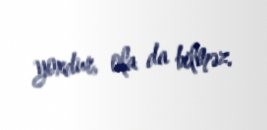
yoxdur, ola da bilməz.